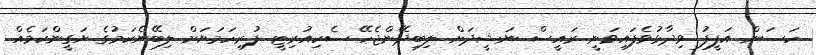
ހަސަން އަފީފު ވިދާޅުވެފައިވަނީ ރައީސް ނަޝީދަށް ލިބިދޭންޖެހޭ ސެކިއުރިޓީ ފުރިހަމަޔަށް ލިބޭނެކަމުގެ ޔަގީންކަމެއް